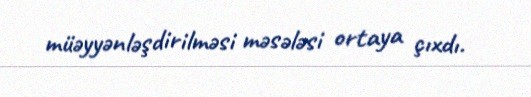
müəyyənləşdirilməsi məsələsi ortaya çıxdı.